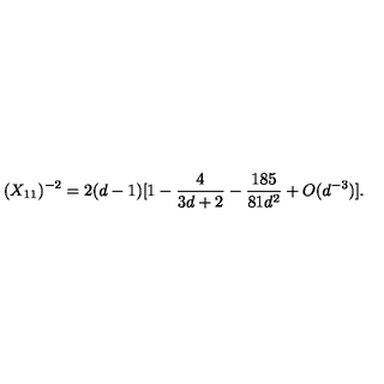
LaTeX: ( X _ { 1 1 } ) ^ { - 2 } = 2 ( d - 1 ) [ 1 - \frac { 4 } { 3 d + 2 } - \frac { 1 8 5 } { 8 1 d ^ { 2 } } + O ( d ^ { - 3 } ) ] .